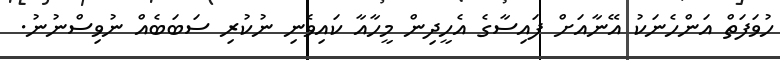
ހުވަފަތް އަންހެނަކު އޭނާއަށް ފައިސާގެ އެހީދިން މީހާއާ ކައިވެނި ނުކުރި ސަބަބެއް ނުވިސްނުނު.